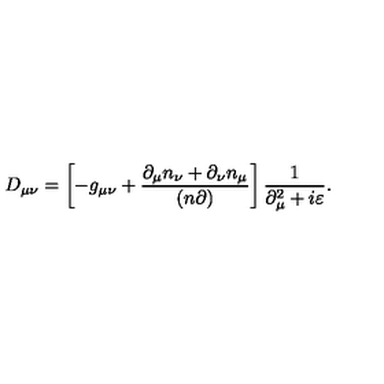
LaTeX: D _ { \mu \nu } = \left[ - g _ { \mu \nu } + \frac { \partial _ { \mu } n _ { \nu } + \partial _ { \nu } n _ { \mu } } { ( n \partial ) } \right] \frac { 1 } { \partial _ { \mu } ^ { 2 } + i \varepsilon } .